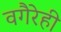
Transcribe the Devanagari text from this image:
वगैरेही